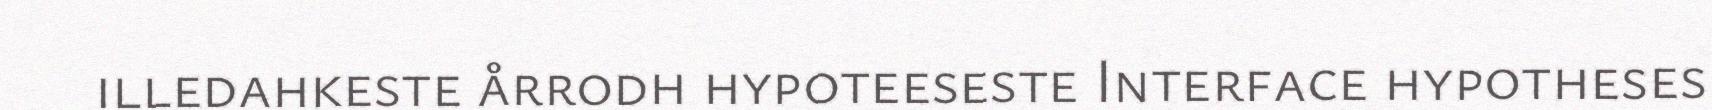
illedahkeste årrodh hypoteeseste Interface hypotheses